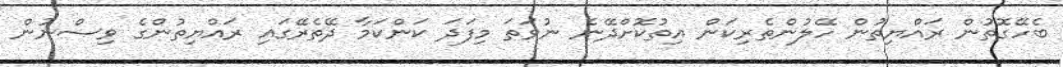
ބެހޭގޮތުން ރައްޔިތުން ހޭލުންތެރިކަން އިތުކޮށްދޭނެ ނުވަތަ މިފަދަ ކަންކަމާ ދޭތެރޭގައި ރައްޔިތުންގެ ވިސްނުން